Juri_Uluots, lk 85
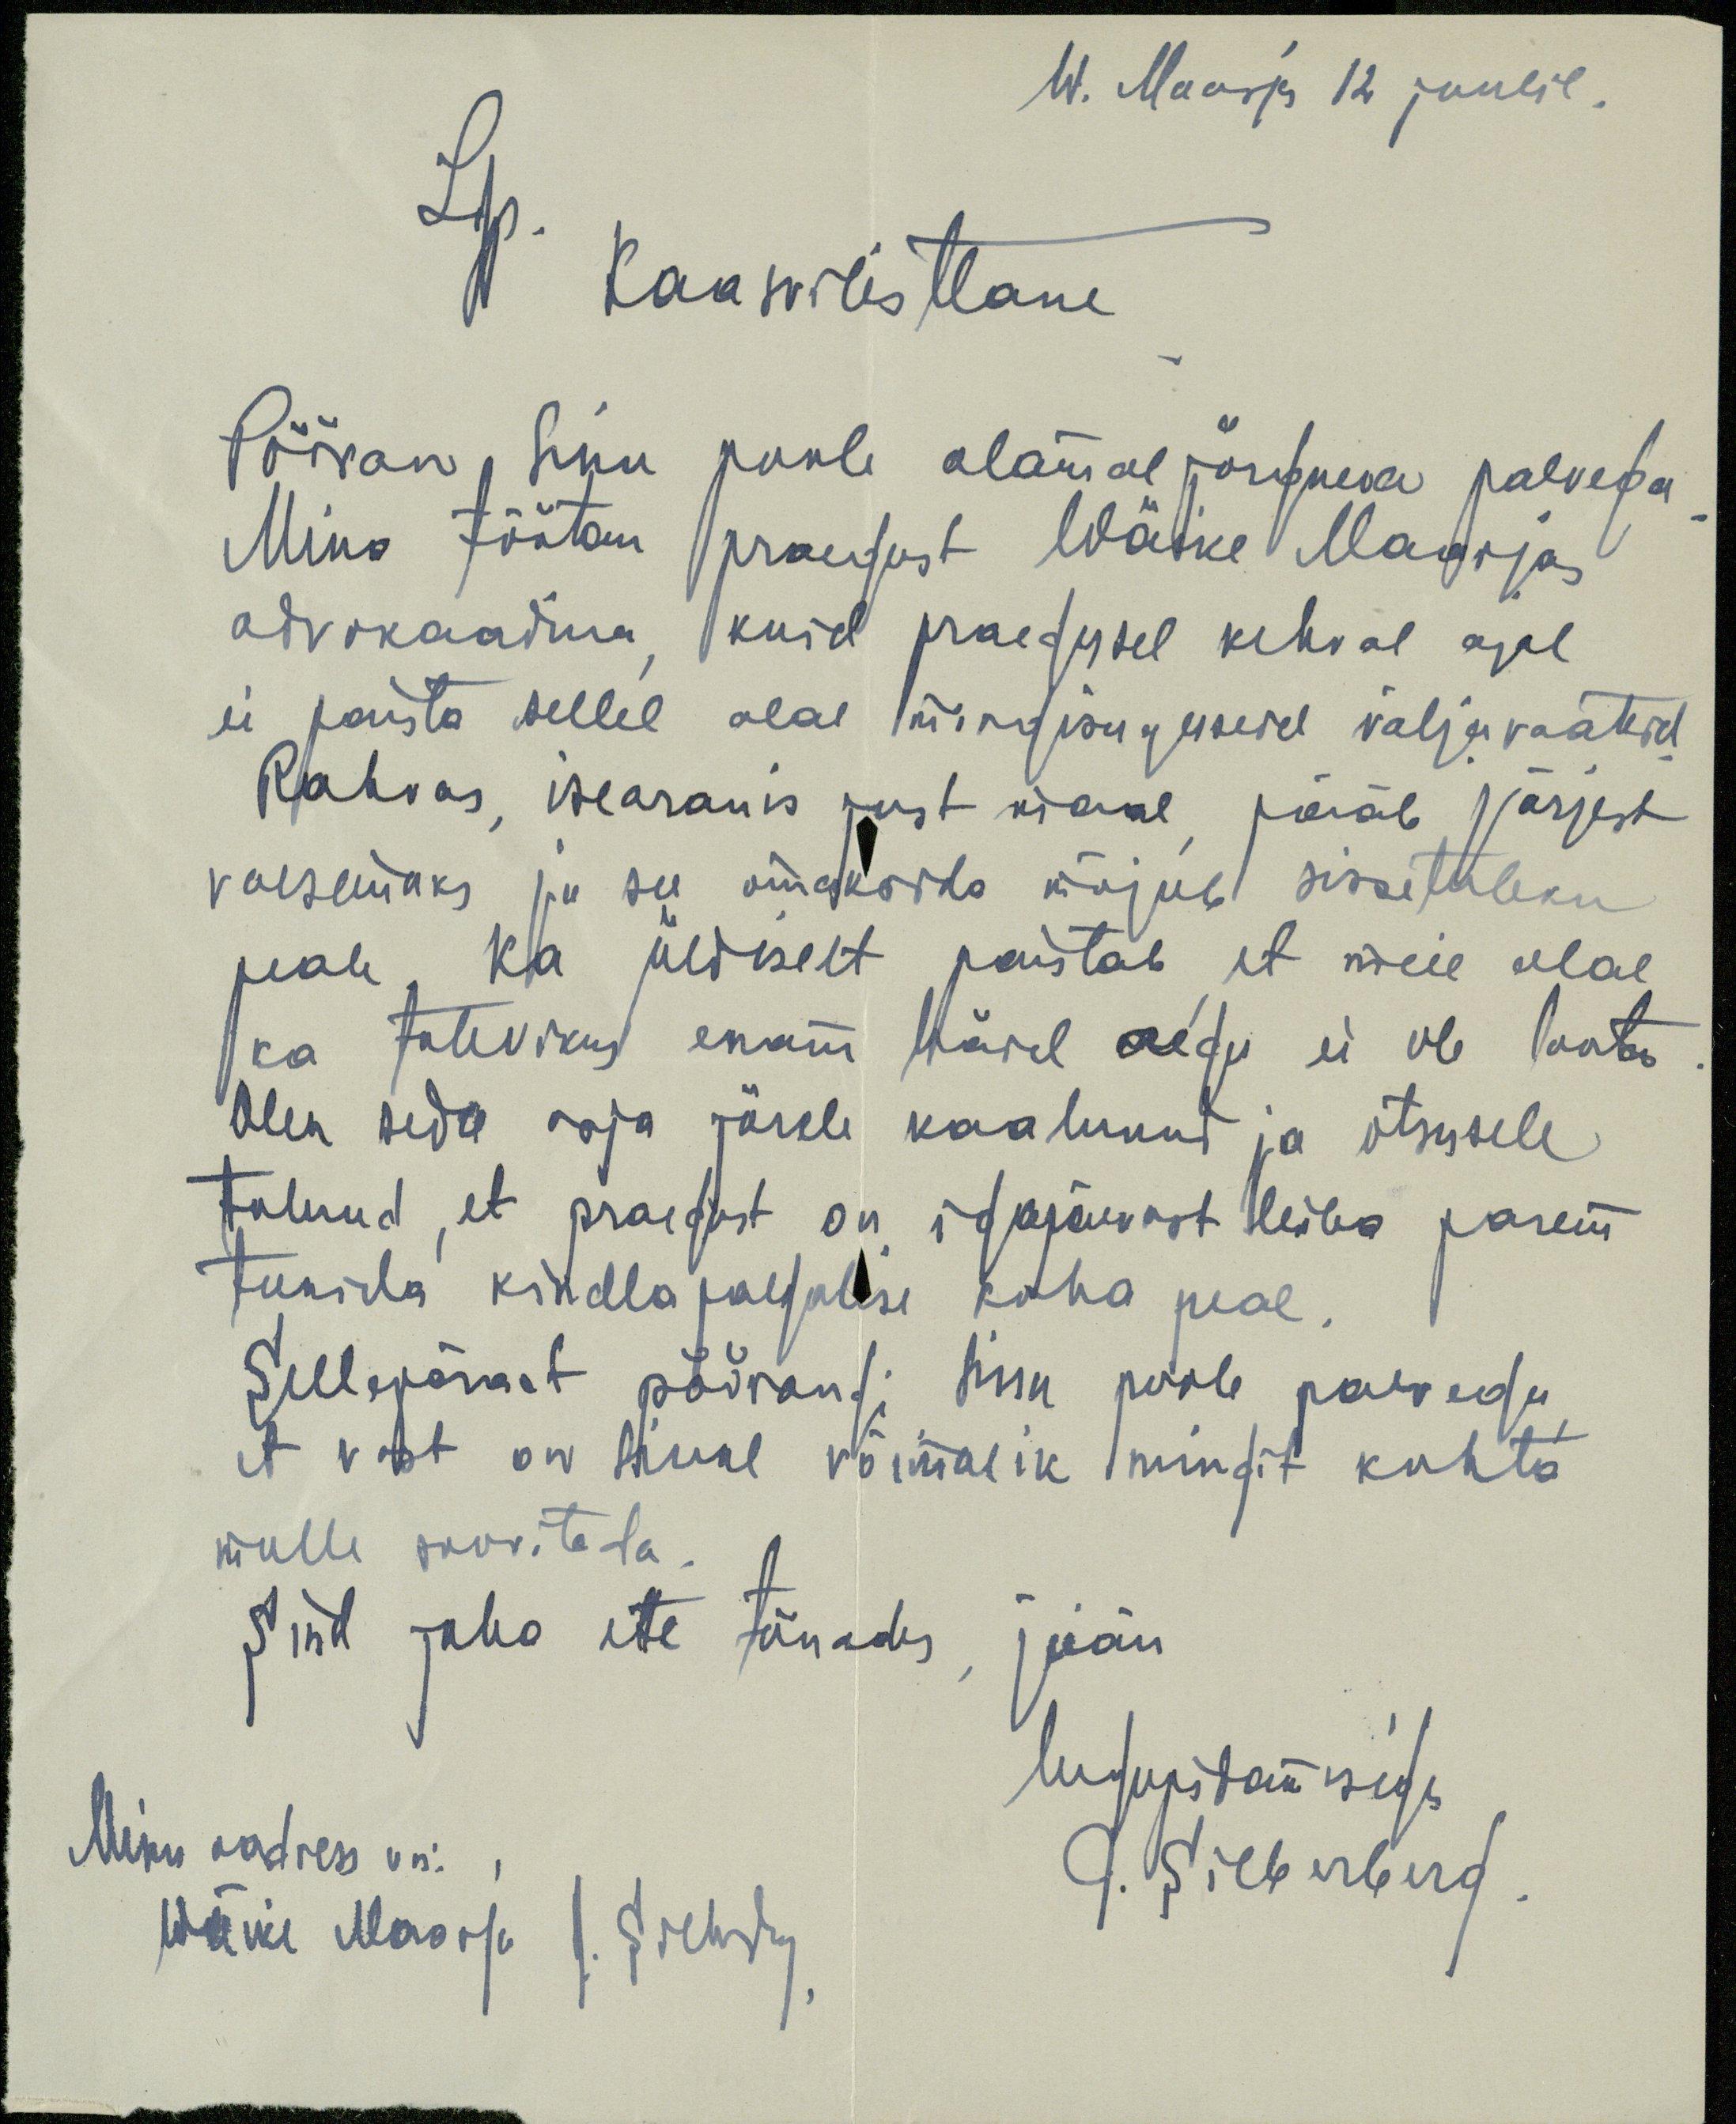
W. Maarjas 12 juulil.
Lgp. kaasvilistlane
Pööran Sinu poole alamal järgneva palvega
Mina töötan praegust Wäike Maarjas
advokaadina kuid praegusel kehval ajal
ei paista sellel alal mingisuguseid väljavaateid
Rahvas, iseäranis just maal jääb järjest
vaesemaks ja see omakorda mõjub sissetuleku
peale. Ka üldiselt paistab et meie alal
ka tulevikus enam häid aegu ei ole loota
Olen seda asja järele kaalunud ja otsusele
tulnud, et praegust on igapäevast leiba parem
teenida kindlapalgalise koha peal.
Sellepärast pöörangi Sinu poole palvega
et vast on Sinul võimalik mingit kohta
mulle soovitada.
Sind juba ette tänades, jään
lugupidamisega
Minu aadress on:
Wäike Maarja J. Silberberg
J. Silberberg